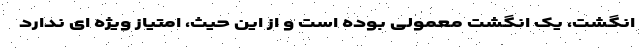
انگشت، یک انگشت معمولی بوده است و از این حیث، امتیاز ویژه ای ندارد